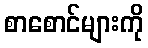
စာစောင်များကို